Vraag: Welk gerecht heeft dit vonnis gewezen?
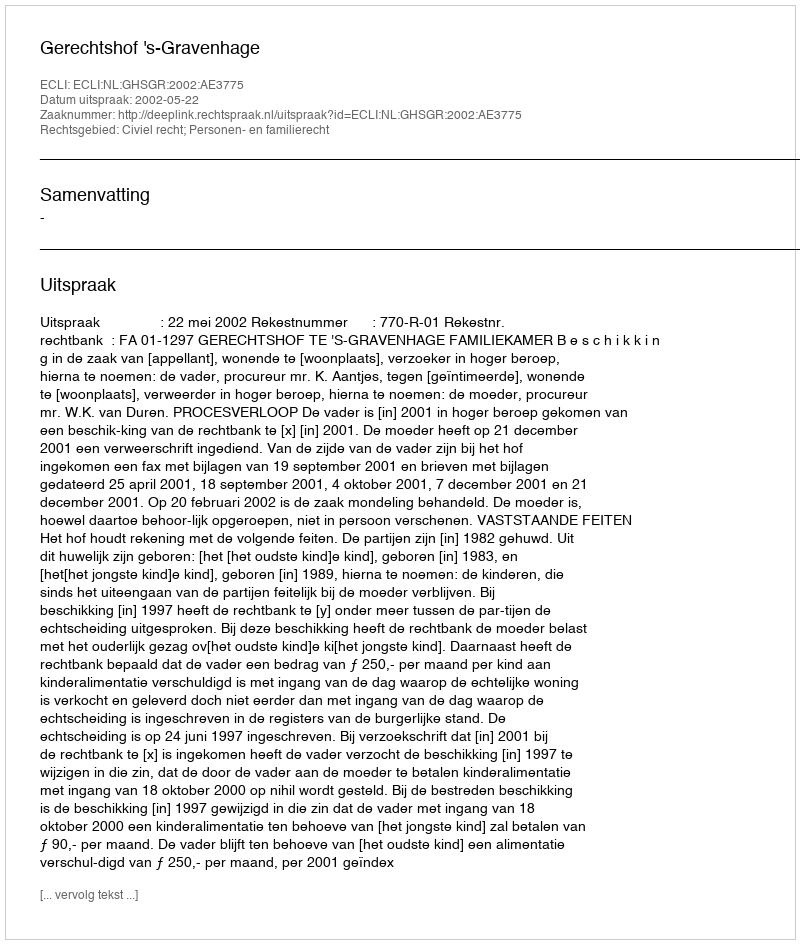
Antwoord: Gerechtshof 's-Gravenhage